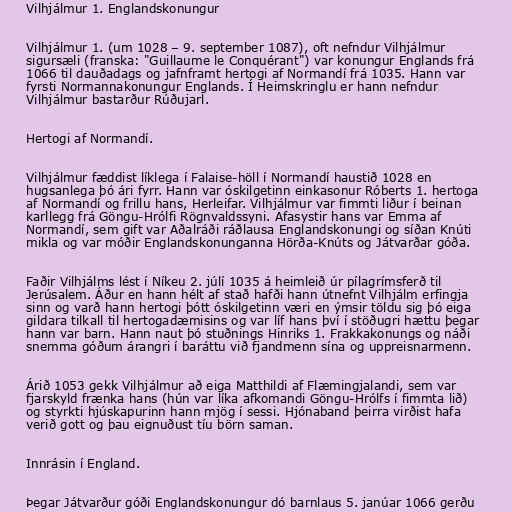
Vilhjálmur 1. Englandskonungur

Vilhjálmur 1. (um 1028 – 9. september 1087), oft nefndur Vilhjálmur
sigursæli (franska: "Guillaume le Conquérant") var konungur Englands frá
1066 til dauðadags og jafnframt hertogi af Normandí frá 1035. Hann var
fyrsti Normannakonungur Englands. Í Heimskringlu er hann nefndur
Vilhjálmur bastarður Rúðujarl.

Hertogi af Normandí.

Vilhjálmur fæddist líklega í Falaise-höll í Normandí haustið 1028 en
hugsanlega þó ári fyrr. Hann var óskilgetinn einkasonur Róberts 1. hertoga
af Normandí og frillu hans, Herleifar. Vilhjálmur var fimmti liður í beinan
karllegg frá Göngu-Hrólfi Rögnvaldssyni. Afasystir hans var Emma af
Normandí, sem gift var Aðalráði ráðlausa Englandskonungi og síðan Knúti
mikla og var móðir Englandskonunganna Hörða-Knúts og Játvarðar góða.

Faðir Vilhjálms lést í Níkeu 2. júlí 1035 á heimleið úr pílagrímsferð til
Jerúsalem. Áður en hann hélt af stað hafði hann útnefnt Vilhjálm erfingja
sinn og varð hann hertogi þótt óskilgetinn væri en ýmsir töldu sig þó eiga
gildara tilkall til hertogadæmisins og var líf hans því í stöðugri hættu þegar
hann var barn. Hann naut þó stuðnings Hinriks 1. Frakkakonungs og náði
snemma góðum árangri í baráttu við fjandmenn sína og uppreisnarmenn.

Árið 1053 gekk Vilhjálmur að eiga Matthildi af Flæmingjalandi, sem var
fjarskyld frænka hans (hún var líka afkomandi Göngu-Hrólfs í fimmta lið)
og styrkti hjúskapurinn hann mjög í sessi. Hjónaband þeirra virðist hafa
verið gott og þau eignuðust tíu börn saman.

Innrásin í England.

Þegar Játvarður góði Englandskonungur dó barnlaus 5. janúar 1066 gerðu